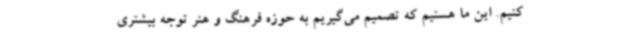
کنیم. این ما هستیم که تصمیم می‌گیریم به حوزه فرهنگ و هنر توجه بیشتری